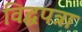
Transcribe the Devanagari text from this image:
विद्धपत्रा